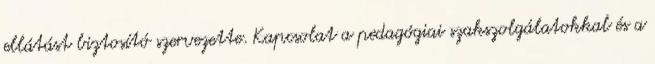
ellátást biztosító szervezette. Kapcsolat a pedagógiai szakszolgálatokkal és a